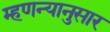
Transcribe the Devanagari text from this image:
म्हणन्यानुसार